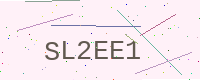
Text: SL2EE1